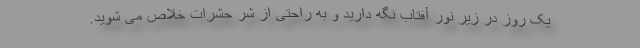
یک روز در زیر نور آفتاب نگه دارید و به راحتی از شر حشرات خلاص می شوید.